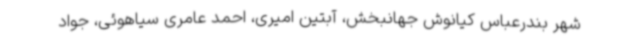
شهر بندرعباس کیانوش جهانبخش، آبتین امیری، احمد عامری سیاهوئی، جواد